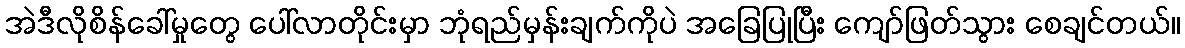
အဲဒီလိုစိန်ခေါ်မှုတွေ ပေါ်လာတိုင်းမှာ ဘုံရည်မှန်းချက်ကိုပဲ အခြေပြုပြီး ကျော်ဖြတ်သွား စေချင်တယ်။